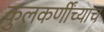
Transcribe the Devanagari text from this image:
कुलकर्णींच्याच